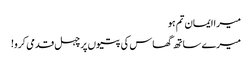
میرا ایمان تم ہو
میرے ساتھ گھاس کی پتیوں پر چہل قدمی کرو!